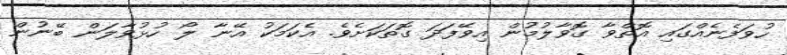
ހުވަފެނެއްގައި އޮތްވާ ގޮވާލުމުން އިވޭފަދަ ގޮތަކަށެވެ. އެކަމަކު އޭނާ ލޯ ހުޅުވާލަން ބޭނުން